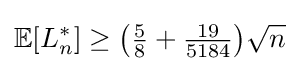
\mathbb {E} [L_{n}^{*}]\geq {\bigl (}{\tfrac {5}{8}}+{\tfrac {19}{5184}}{\bigr )}{\sqrt {n}}